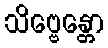
သိဗ္ဗေန္တော